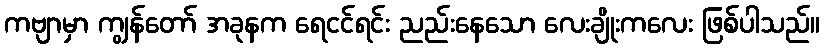
ကဗျာမှာ ကျွန်တော် အခုနက ရေငင်ရင်း ညည်းနေသော လေးချိုးကလေး ဖြစ်ပါသည်။